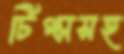
টিপ্সসহ